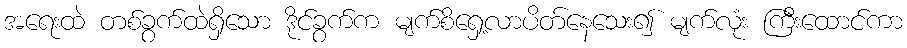
အရေးထဲ တစ်ခွက်ထဲရှိသော ဒိုင်ခွက်က မျက်စိရှေ့လာပိတ်နေသေး၍ မျက်လုံး ကြီးထောင်ကာ